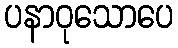
ပနာဝုသောပေ